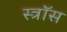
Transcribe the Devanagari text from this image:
स्त्रॉस